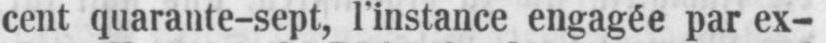
cent quarante-sept, l’instance engagée par ex-